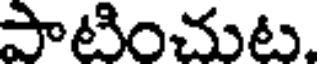
పాటించుట.